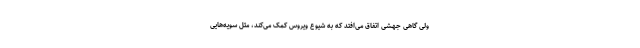
ولی گاهی جهشی اتفاق می‌افتد که به شیوع ویروس کمک می‌کند، مثل سویه‌هایی